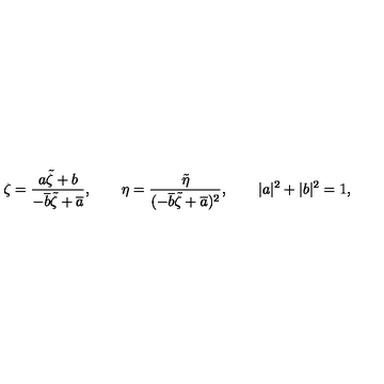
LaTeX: \zeta = \frac { a \tilde { \zeta } + b } { - \overline { { b } } \tilde { \zeta } + \overline { { a } } } , \qquad \eta = \frac { \tilde { \eta } } { ( - \overline { { b } } \tilde { \zeta } + \overline { { a } } ) ^ { 2 } } , \qquad | a | ^ { 2 } + | b | ^ { 2 } = 1 ,